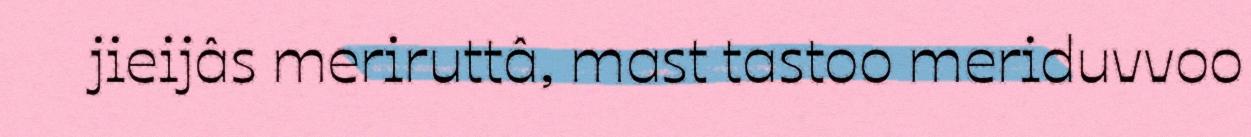
jieijâs meriruttâ, mast tastoo meriduvvoo